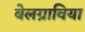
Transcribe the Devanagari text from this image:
बेलग्राविया